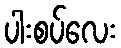
ပါးစပ်လေး